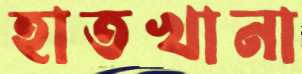
হাতখানা